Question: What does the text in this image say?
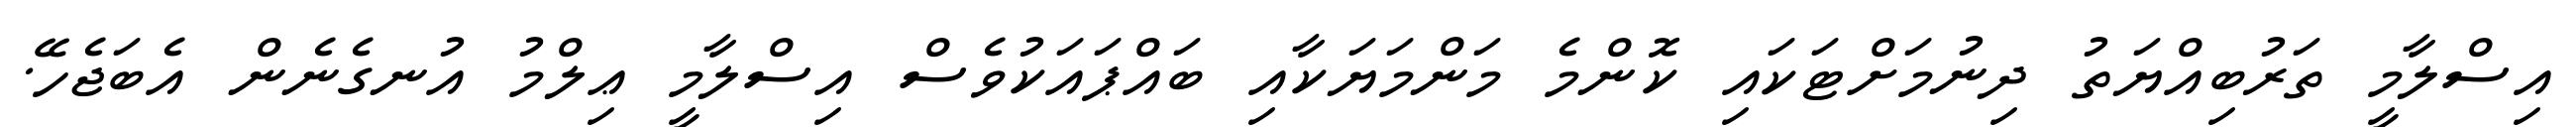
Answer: އިސްލާމީ ތަރުބިއްޔަތު ދިނުމަށްޓަކައި ކޮންމެ މަންމަޔަކާއި ބައްޕައަކުވެސް އިސްލާމީ ޢިލްމު އުނގެނެން އެބަޖެހޭ.